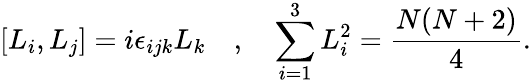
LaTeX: [L_{i},L_{j}]=i\epsilon_{ijk}L_{k}\quad,\quad\sum_{i=1}^{3}L_{i}^{2}=\frac{N(N+2)}{4}.